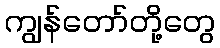
ကျွန်တော်တို့တွေ